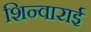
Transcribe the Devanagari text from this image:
शिन्वाराई